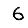
Digit: 6